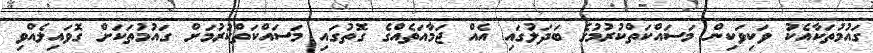
ގައުމުތަކާއެކު ވަކިވަކިން މަސައްކަތްކުރުމުގެ ބަދަލުގައި އެއް ޖަމާއަތެއްގެ ގޮތުގައި މަސައްކަތްކުރުމަށް ގައުމުތަކަށް ގޮވައިލެއްވި